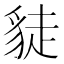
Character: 𧼌